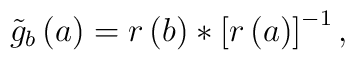
\tilde g_b\left( a\right) =r\left( b\right) *\left[ r\left( a\right) \right]^{-1},